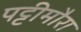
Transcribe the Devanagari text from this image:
पट्टीमौरा